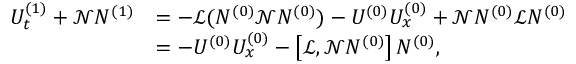
\begin{array} { r l } { U _ { t } ^ { ( 1 ) } + \mathscr { N } N ^ { ( 1 ) } } & { = - \mathscr { L } ( N ^ { ( 0 ) } \mathscr { N } N ^ { ( 0 ) } ) - U ^ { ( 0 ) } U _ { x } ^ { ( 0 ) } + \mathscr { N } N ^ { ( 0 ) } \mathscr { L } N ^ { ( 0 ) } } \\ & { = - U ^ { ( 0 ) } U _ { x } ^ { ( 0 ) } - \left[ \mathscr { L } , \mathscr { N } N ^ { ( 0 ) } \right] N ^ { ( 0 ) } , } \end{array}